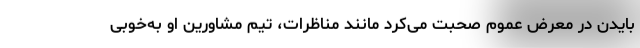
بایدن در معرض عموم صحبت می‌کرد مانند مناظرات، تیم مشاورین او به‌خوبی